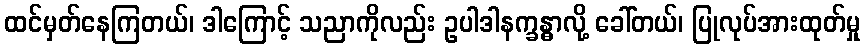
ထင်မှတ်နေကြတယ်၊ ဒါကြောင့် သညာကိုလည်း ဥပါဒါနက္ခန္ဓာလို့ ခေါ်တယ်၊ ပြုလုပ်အားထုတ်မှု